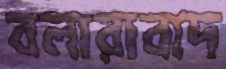
বলারাবাদ